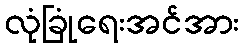
လုံခြုံရေးအင်အား